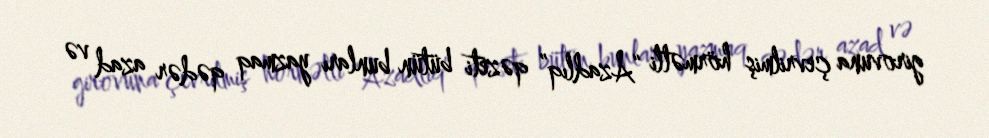
girovuna çevrilmiş hörmətli “Azadlıq” qəzeti bütün bunları yazmaq qədər azad və